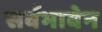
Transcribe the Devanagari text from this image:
सर्वभावेन